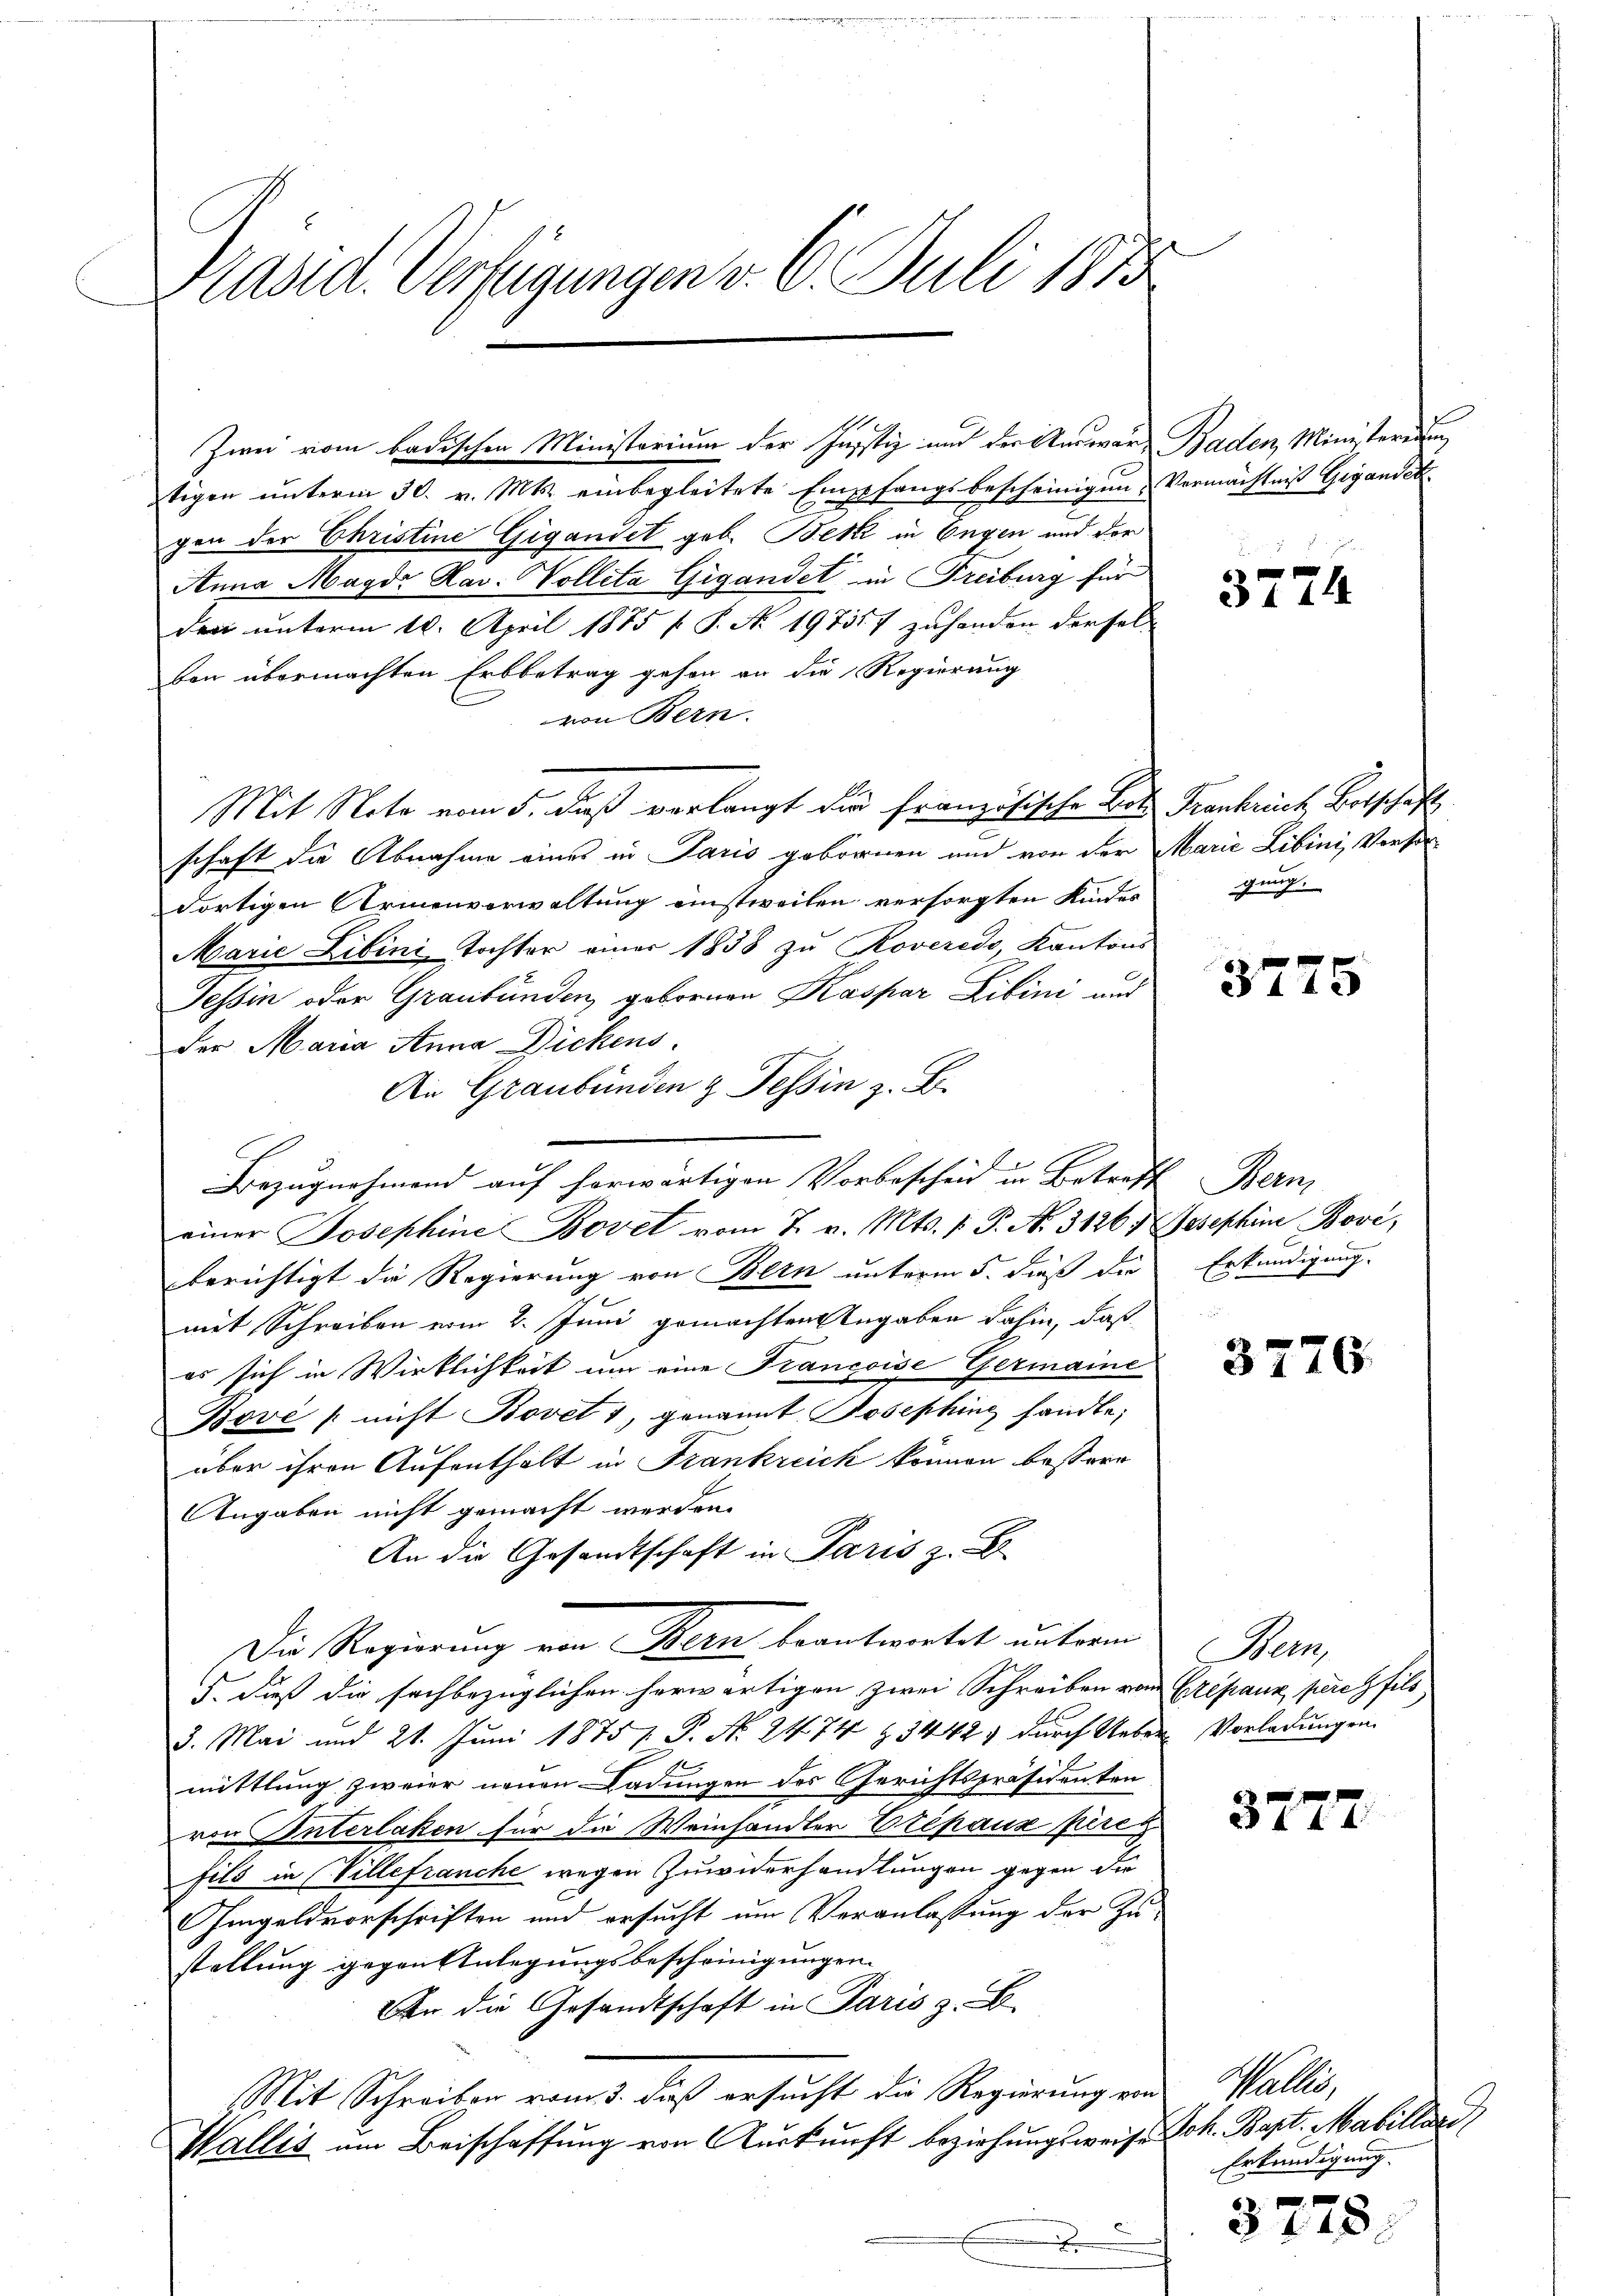
Präsid. Verfügungen v. 6. Juli 1873

Zwei vom badischen Ministorium der Justiz und der Auswart Baden, Ministerium
tigen unterm 30. v. Mts. einbegleitete Empfangsbescheinigen- Vermächtniß Gegendet.
gen der Christine Gigandet geb. Bek in Engen und der
Anna Magdr Xav. Volleta Gigandet in Freiburg für
den unterm 18. April 1875 f. P. Nr. 197317 zuhanden derselfon übermachten Erbbetrag gehen an die Regierung
von Bern.
Mit Note vom 5. daß verlangt die Französische Bett Frankrich Botschaft
schaft die Abnahme eines in Paris gebornen und von der Marie Libini, Versodortigen Armenverwaltung einstweilen versorgten Kindes ging.
Marie Libini, Tochter einer 1838 zu Roveredo, Kantons
Tessin oder Graubünden, gebornen Kaspar Libini und
der Maria Anna Dickens.
An Graubünden & Tessin z. B.
Bezugnahmend auf herwärtigen Vorbescheid in Betreff Bern
einer Josephine Bovet vom 7. v. Mts. 1. P. No. 3126. Josephine Bove,
berichtigt die Regierung von Bern unterm 5. dieß die
mit Schreiben vom 2. Juni gemachten Angaben dahin, daß
es sich in Wirklichkeit um eine Francoise Germaine
Bové / nicht Bovet 1, genannt Josephing handle,
über ihren Aufenthalt in Frankreich können bessere
Angaben nicht gemacht werden.
An die Gesandtschaft in Paris z. B.
Die Regierung von Stern beantwortet unterm
5., daß die sachbezüglichen herwärtigen zwei Schreiben von Cerepanz peres fils
3. Mai und 21. Juni 1875 P. Nr. 24. 74 § 34425 durch Ueber Vorladungen
1
mittlung zweier neuen Ladungen des Gerichtspräsidenten
von Interlaken für die Weinhandler Erépaux perin
fils in Villefranche wegen Zuwiderhandlungen gegen die
Imgeldvorschriften und ersucht um Veranlassung der Zustellung gegen Anlegungsbescheinigungen.
An die Gesandtschaft in Paris z. B.
Mit Schreiben vom 3. daß ersucht die Regierung von
Wallis um Beischaffung von Auskunft beziehungsweise

3774

3775

Erkundigung.

3776.

em

3777.

Mallen,
Joh. Bapt. Matillerd
Erkundigung.

3775.